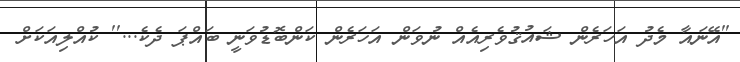
''އޭނައާ މެދު އަހަރެން ޝައުޤުވެރިއެއް ނުވަން އަހަރެން ކަންބޮޑުވަނީ ބައްޕަ ދެކެ...'' ކުއްލިއަކަށް